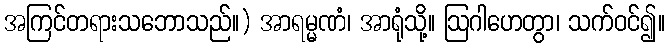
အကြင်တရားသဘောသည်။) အာရမ္မဏံ၊ အာရုံသို့။ ဩဂါဟေတွာ၊ သက်ဝင်၍။